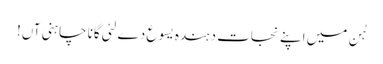
ہُن میں اپنے نجات دہندہ یسوع دے لئی گانا چاہنی آں!